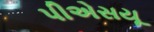
પીએસયૂ